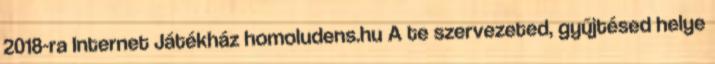
2018-ra Internet Játékház homoludens.hu A te szervezeted, gyűjtésed helye